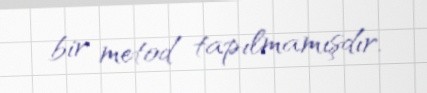
bir metod tapılmamışdır.